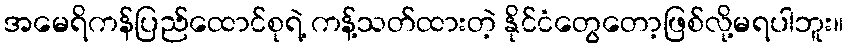
အမေရိကန်ပြည်ထောင်စုရဲ့ ကန့်သတ်ထားတဲ့ နိုင်ငံတွေတော့ဖြစ်လို့မရပါဘူး။